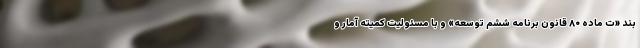
بند «ت ماده ۸۰ قانون برنامه ششم توسعه» و با مسئولیت کمیته آمار و